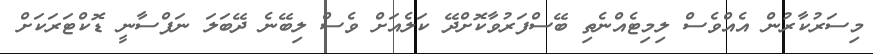
މިސަރުކާރުން އެއްވެސް ލިމިޓެއްނެތި ބޭސްފަރުވާކޮށްދޭ ކަލެއަށް ވެސް ލިބޭނެ ދޭބަލަ ނަފްސާނީ ޑޮކްޓަރަކަށް